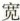
宽